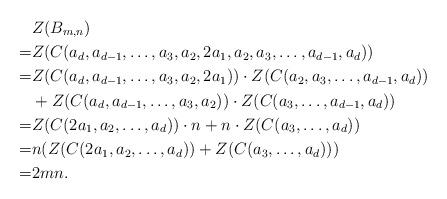
LaTeX: \begin{align*} &Z(B_{m,n}) \\=&Z(C(a_d,a_{d-1},\ldots,a_3,a_2,2a_1,a_2,a_3,\ldots,a_{d-1},a_d))\\=&Z(C(a_d,a_{d-1},\ldots,a_3,a_2,2a_1))\cdot Z(C(a_2,a_3,\ldots,a_{d-1},a_d))\\&+Z(C(a_d,a_{d-1},\ldots,a_3,a_2))\cdot Z(C(a_3,\ldots,a_{d-1},a_d))\\=&Z(C(2a_1,a_2,\ldots,a_d))\cdot n+n\cdot Z(C(a_3,\ldots,a_d))\\=&n(Z(C(2a_1,a_2,\ldots,a_d))+ Z(C(a_3,\ldots,a_d)))\\=&2mn.\end{align*}